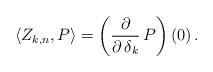
LaTeX: \begin{align*}\langle Z_{k,n} , P \rangle = \left( {\partial \over \partial \, \delta_k} \, P \right) (0) \, . \end{align*}